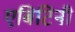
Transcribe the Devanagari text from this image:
एबिटिनी